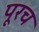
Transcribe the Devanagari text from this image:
पूरच